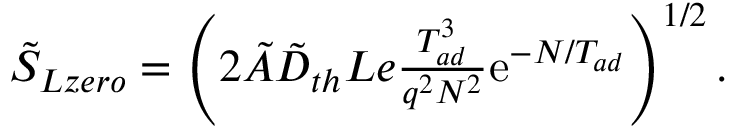
\begin{array} { r } { \tilde { S } _ { L z e r o } = \left( 2 \tilde { A } \tilde { D } _ { t h } L e \frac { T _ { a d } ^ { 3 } } { q ^ { 2 } N ^ { 2 } } \mathrm { e } ^ { - N / T _ { a d } } \right) ^ { 1 / 2 } . } \end{array}